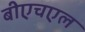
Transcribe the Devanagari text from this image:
बीएचएल